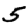
Digit: 5